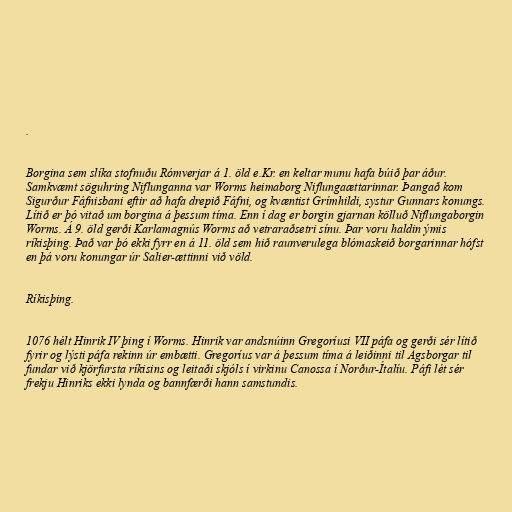
.

Borgina sem slíka stofnuðu Rómverjar á 1. öld e.Kr. en keltar munu hafa búið þar áður.
Samkvæmt söguhring Niflunganna var Worms heimaborg Niflungaættarinnar. Þangað kom
Sigurður Fáfnisbani eftir að hafa drepið Fáfni, og kvæntist Grímhildi, systur Gunnars konungs.
Lítið er þó vitað um borgina á þessum tíma. Enn í dag er borgin gjarnan kölluð Niflungaborgin
Worms. Á 9. öld gerði Karlamagnús Worms að vetraraðsetri sínu. Þar voru haldin ýmis
ríkisþing. Það var þó ekki fyrr en á 11. öld sem hið raunverulega blómaskeið borgarinnar hófst
en þá voru konungar úr Salier-ættinni við völd.

Ríkisþing.

1076 hélt Hinrik IV þing í Worms. Hinrik var andsnúinn Gregoríusi VII páfa og gerði sér lítið
fyrir og lýsti páfa rekinn úr embætti. Gregoríus var á þessum tíma á leiðinni til Ágsborgar til
fundar við kjörfursta ríkisins og leitaði skjóls í virkinu Canossa í Norður-Ítalíu. Páfi lét sér
frekju Hinriks ekki lynda og bannfærði hann samstundis.